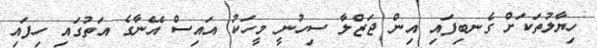
ހިޔާލުތަކަށް ގެނބިފައި އިން ޖަޒްލާ ސިހުނީ މީހަކު އައިސް އޭނާގެ އަތުގައި ހިފައި